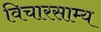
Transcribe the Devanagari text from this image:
विचारसाम्य